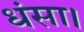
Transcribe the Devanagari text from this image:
धंसा।